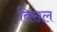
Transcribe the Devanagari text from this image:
विसल